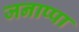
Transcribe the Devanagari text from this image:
जनाप्पा